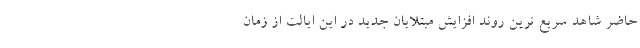
حاضر شاهد سریع ترین روند افزایش مبتلایان جدید در این ایالت از زمان